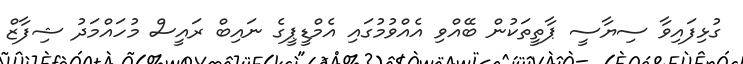
ގުޅިފައިވާ ސިޔާސީ ޕާތީތަކުން ބޭއްވި އެއްވުމުގައި އެމްޑީޕީގެ ނައިބް ރައީސް މުހައްމަދު ޝިފާޒް